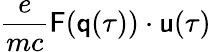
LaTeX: \frac{e}{mc}{\textbf{\textsf{F}}}({\textbf{\textsf{q}}}(\tau))\cdot{\textbf{\textsf{u}}}(\tau)